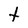
Character: t